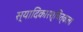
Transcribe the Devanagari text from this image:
स्यादिकारश्चित्कला